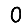
Digit: 0